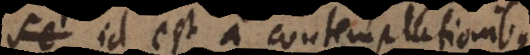
se id est a contemplationibus